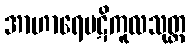
အာဟာရေပဋိကူလသုတ္တ